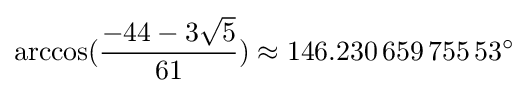
\arccos({\frac {-44-3{\sqrt {5}}}{61}})\approx 146.230\,659\,755\,53^{\circ }